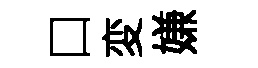
口変嫌